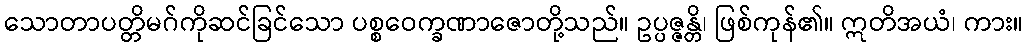
သောတာပတ္တိမဂ်ကိုဆင်ခြင်သော ပစ္စဝေက္ခဏာဇောတို့သည်။ ဥပ္ပဇ္ဇန္တိ၊ ဖြစ်ကုန်၏။ ဣတိအယံ၊ ကား။